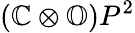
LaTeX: (\mathbb{C}\otimes\mathbb{O})P^{2}